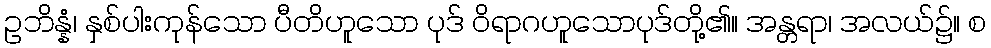
ဥဘိန္နံ၊ နှစ်ပါးကုန်သော ပီတိဟူသော ပုဒ် ဝိရာဂဟူသောပုဒ်တို့၏။ အန္တရာ၊ အလယ်၌။ စ